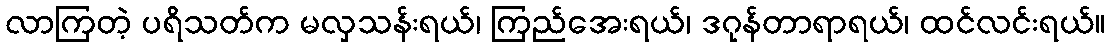
လာကြတဲ့ ပရိသတ်က မလှသန်းရယ်၊ ကြည်အေးရယ်၊ ဒဂုန်တာရာရယ်၊ ထင်လင်းရယ်။